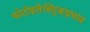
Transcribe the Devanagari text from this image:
फोटोइलेक्ट्रिकप्रभाव